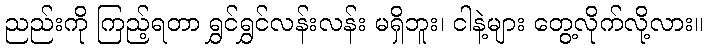
ညည်းကို ကြည့်ရတာ ရွှင်ရွှင်လန်းလန်း မရှိဘူး၊ ငါနဲ့များ တွေ့လိုက်လို့လား။